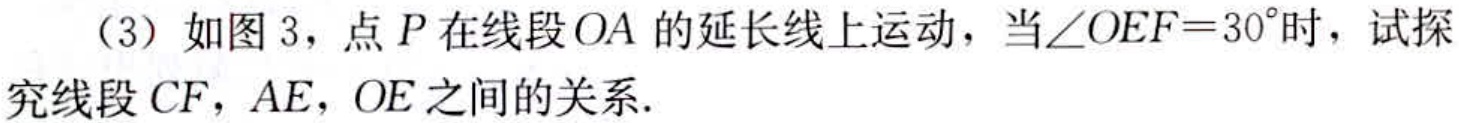
（3）如图3，点\(P\)在线段\(OA\)的延长线上运动，当\(\angle OEF = 30^{\circ}\)时，试探究线段\(CF\)，\(AE\)，\(OE\)之间的关系.